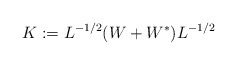
\begin{align*}K:=L^{-1/2}(W+W^{*})L^{-1/2}\end{align*}